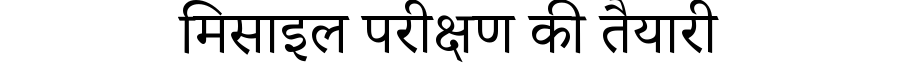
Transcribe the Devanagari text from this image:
मिसाइल परीक्षण की तैयारी